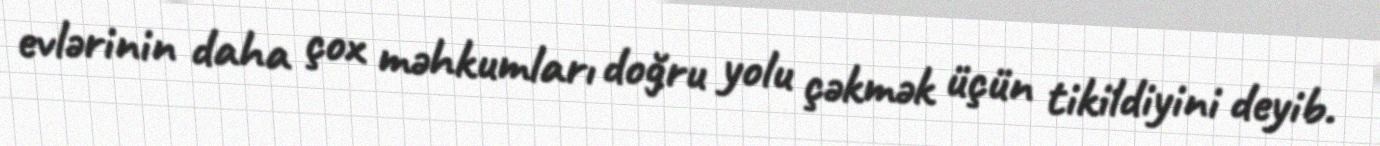
evlərinin daha çox məhkumları doğru yolu çəkmək üçün tikildiyini deyib.